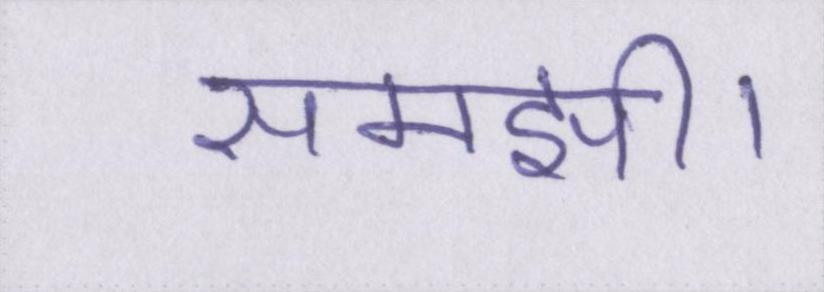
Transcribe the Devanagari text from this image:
समझी।